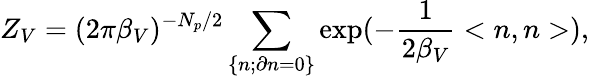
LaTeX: Z_{V}=(2\pi{\beta}_{V})^{-N_{p}/2}\sum_{\left\{ n;\partial n=0\right\} }\exp(-\frac{1}{2{\beta}_{V}}<n,n>),